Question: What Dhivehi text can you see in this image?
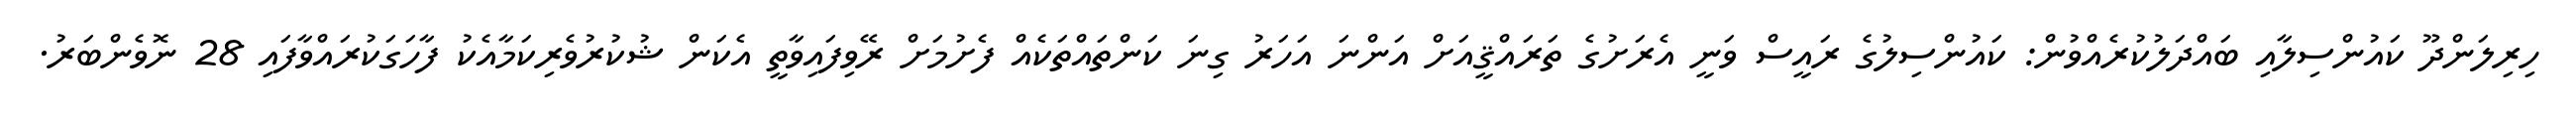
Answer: ހިރިލަންދޫ ކައުންސިލާއި ބައްދަލުކުރެއްވުން: ކައުންސިލުގެ ރައީސް ވަނީ އެރަށުގެ ތަރައްޤީއަށް އަންނަ އަހަރު ގިނަ ކަންތައްތަކެއް ފެށުމަށް ރޭވިފައިވާތީ އެކަން ޝުކުރުވެރިކަމާއެކު ފާހަގަކުރައްވާފައި 28 ނޮވެންބަރު.